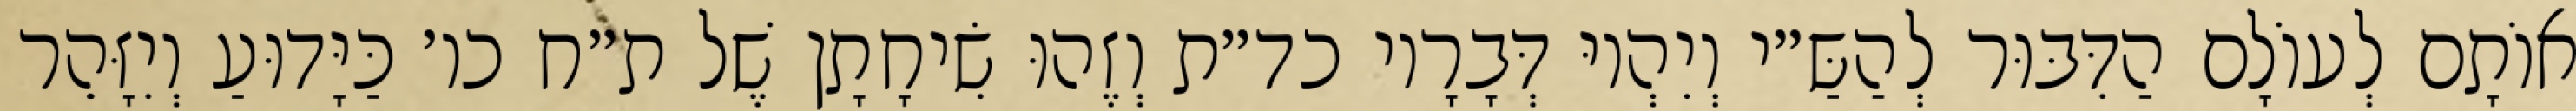
אוֹתָם לְעוֹלָם הַדִּבּוּר לְהַשַּ״י וְיִהְיוּ דְּבָרָיו כד״ת וְזֶהוּ שִׂיחָתָן שֶׁל ת״ח כו׳ כַּיָּדוּעַ וְיִזָּהֵר